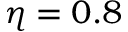
\eta = 0 . 8